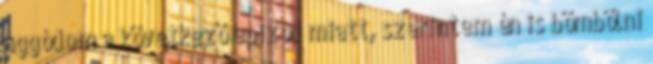
aggódom a következő epizód miatt, szerintem én is bömbölni